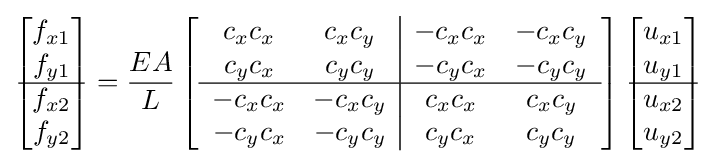
{\begin{bmatrix}f_{x1}\\f_{y1}\\\hline f_{x2}\\f_{y2}\end{bmatrix}}={\frac {EA}{L}}\left[{\begin{array}{c c|c c}c_{x}c_{x}&c_{x}c_{y}&-c_{x}c_{x}&-c_{x}c_{y}\\c_{y}c_{x}&c_{y}c_{y}&-c_{y}c_{x}&-c_{y}c_{y}\\\hline -c_{x}c_{x}&-c_{x}c_{y}&c_{x}c_{x}&c_{x}c_{y}\\-c_{y}c_{x}&-c_{y}c_{y}&c_{y}c_{x}&c_{y}c_{y}\\\end{array}}\right]{\begin{bmatrix}u_{x1}\\u_{y1}\\\hline u_{x2}\\u_{y2}\end{bmatrix}}